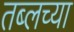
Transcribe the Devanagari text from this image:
तब्लच्या